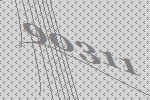
90311